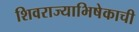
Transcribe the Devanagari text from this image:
शिवराज्याभिषेकाची